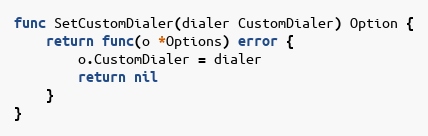
Language: Go
func SetCustomDialer(dialer CustomDialer) Option {
	return func(o *Options) error {
		o.CustomDialer = dialer
		return nil
	}
}